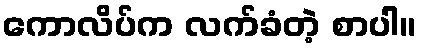
ကောလိပ်က လက်ခံတဲ့ စာပါ။